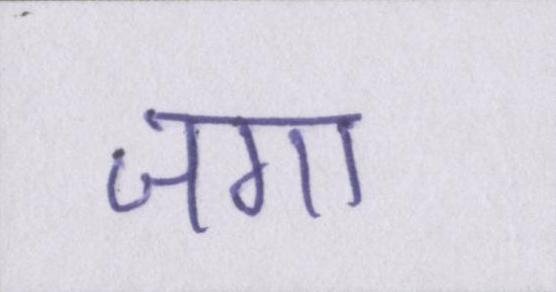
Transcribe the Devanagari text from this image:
जगा